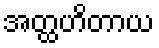
အတ္ထဟိတာယ